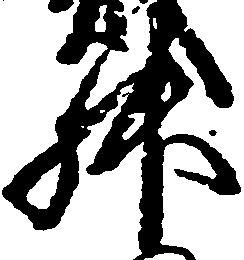
升